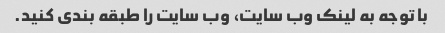
با توجه به لینک وب سایت، وب سایت را طبقه بندی کنید.